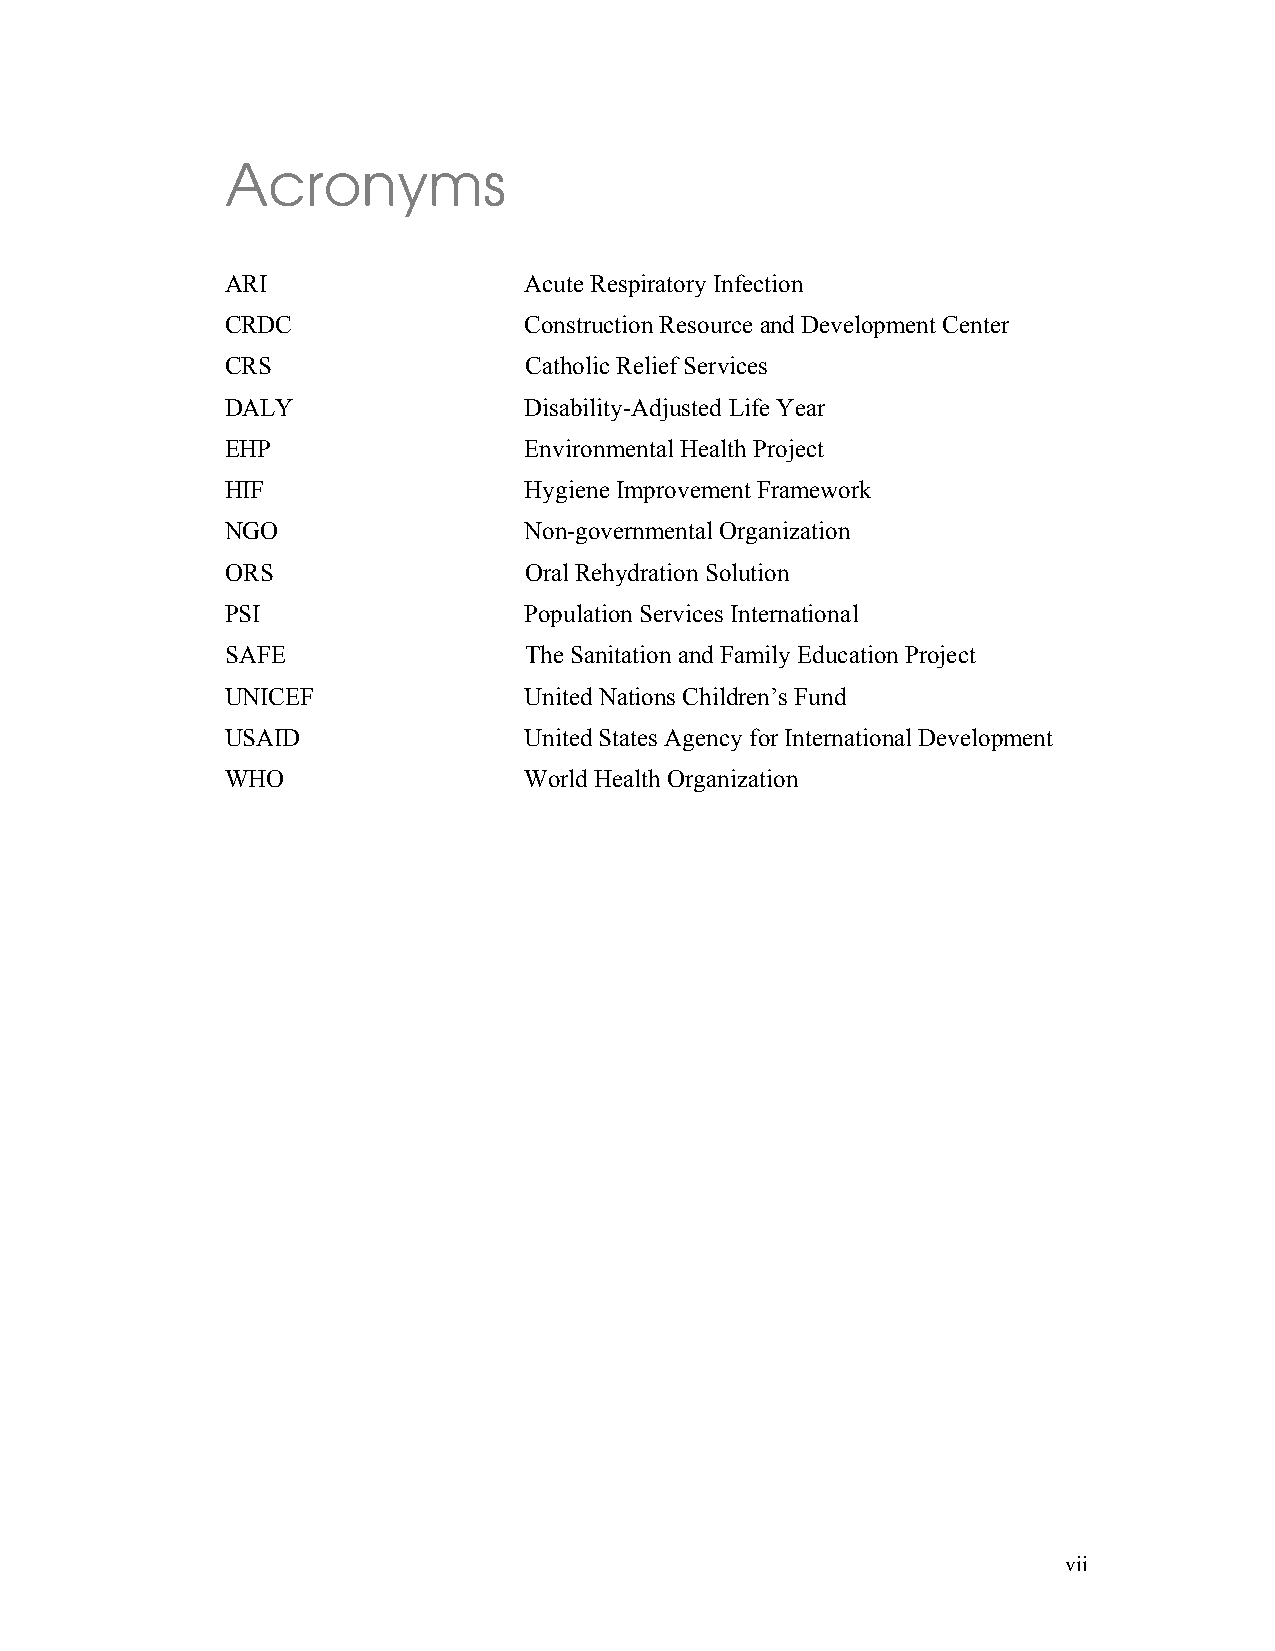
Acronyms
 ARI                 Acute Respiratory Infection
 CRDC                Construction Resource and Development Center
 CRS                 Catholic Relief Services
 DALY                Disability-Adjusted Life Year
 EHP                 Environmental Health Project
 HIF                 Hygiene Improvement Framework
 NGO                 Non-governmental Organization
 ORS                 Oral Rehydration Solution
 PSI                 Population Services International
 SAFE                The Sanitation and Family Education Project
 UNICEF              United Nations Children’s Fund
 USAID               United States Agency for International Development
 WHO                 World Health Organization
 vii